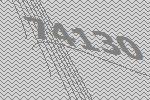
74130